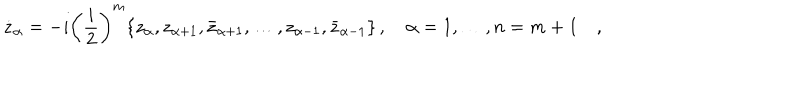
\dot { z } _ { \alpha } = - i \left( \frac { i } { 2 } \right) ^ { m } \{ z _ { \alpha } , z _ { \alpha + 1 } , \bar { z } _ { \alpha + 1 } , \dots , z _ { \alpha - 1 } , \bar { z } _ { \alpha - 1 } \} \, , \quad \alpha = 1 , \dots , n = m + 1 \quad ,